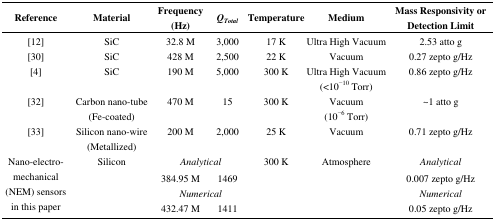
<table><thead><tr><td><b>Reference</b></td><td><b>Material</b></td><td><b>Frequency (Hz)</b></td><td><b><i>Q</i><i><sub>Total</sub></i></b></td><td><b>Temperature</b></td><td><b>Medium</b></td><td><b>Mass Responsivity or Detection Limit</b></td></tr></thead><tbody><tr><td>[12]</td><td>SiC</td><td>32.8 M</td><td>3,000</td><td>17 K</td><td>Ultra High Vacuum</td><td>2.53 atto g</td></tr><tr><td>[30]</td><td>SiC</td><td>428 M</td><td>2,500</td><td>22 K</td><td>Vacuum</td><td>0.27 zepto g/Hz</td></tr><tr><td>[4]</td><td>SiC</td><td>190 M</td><td>5,000</td><td>300 K</td><td>Ultra High Vacuum(&lt;10<sup>-10</sup> Torr)</td><td>0.86 zepto g/Hz</td></tr><tr><td>[32]</td><td>Carbon nano-tube(Fe-coated)</td><td>470 M</td><td>15</td><td>300 K</td><td>Vacuum(10<sup>−6</sup> Torr)</td><td>∼1 atto g</td></tr><tr><td>[33]</td><td>Silicon nano-wire(Metallized)</td><td>200 M</td><td>2,000</td><td>25 K</td><td>Vacuum</td><td>0.71 zepto g/Hz</td></tr><tr><td rowspan="4">Nano-electro-mechanical (NEM) sensors in this paper</td><td rowspan="4">Silicon</td><td colspan="2"><i>Analytical</i></td><td rowspan="4">300 K</td><td rowspan="4">Atmosphere</td><td><i>Analytical</i></td></tr><tr><td>384.95 M</td><td>1469</td><td>0.007 zepto g/Hz</td></tr><tr><td colspan="2"><i>Numerical</i></td><td><i>Numerical</i></td></tr><tr><td>432.47 M</td><td>1411</td><td>0.05 zepto g/Hz</td></tr></tbody></table>